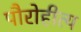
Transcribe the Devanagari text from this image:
पौरोहीत्य